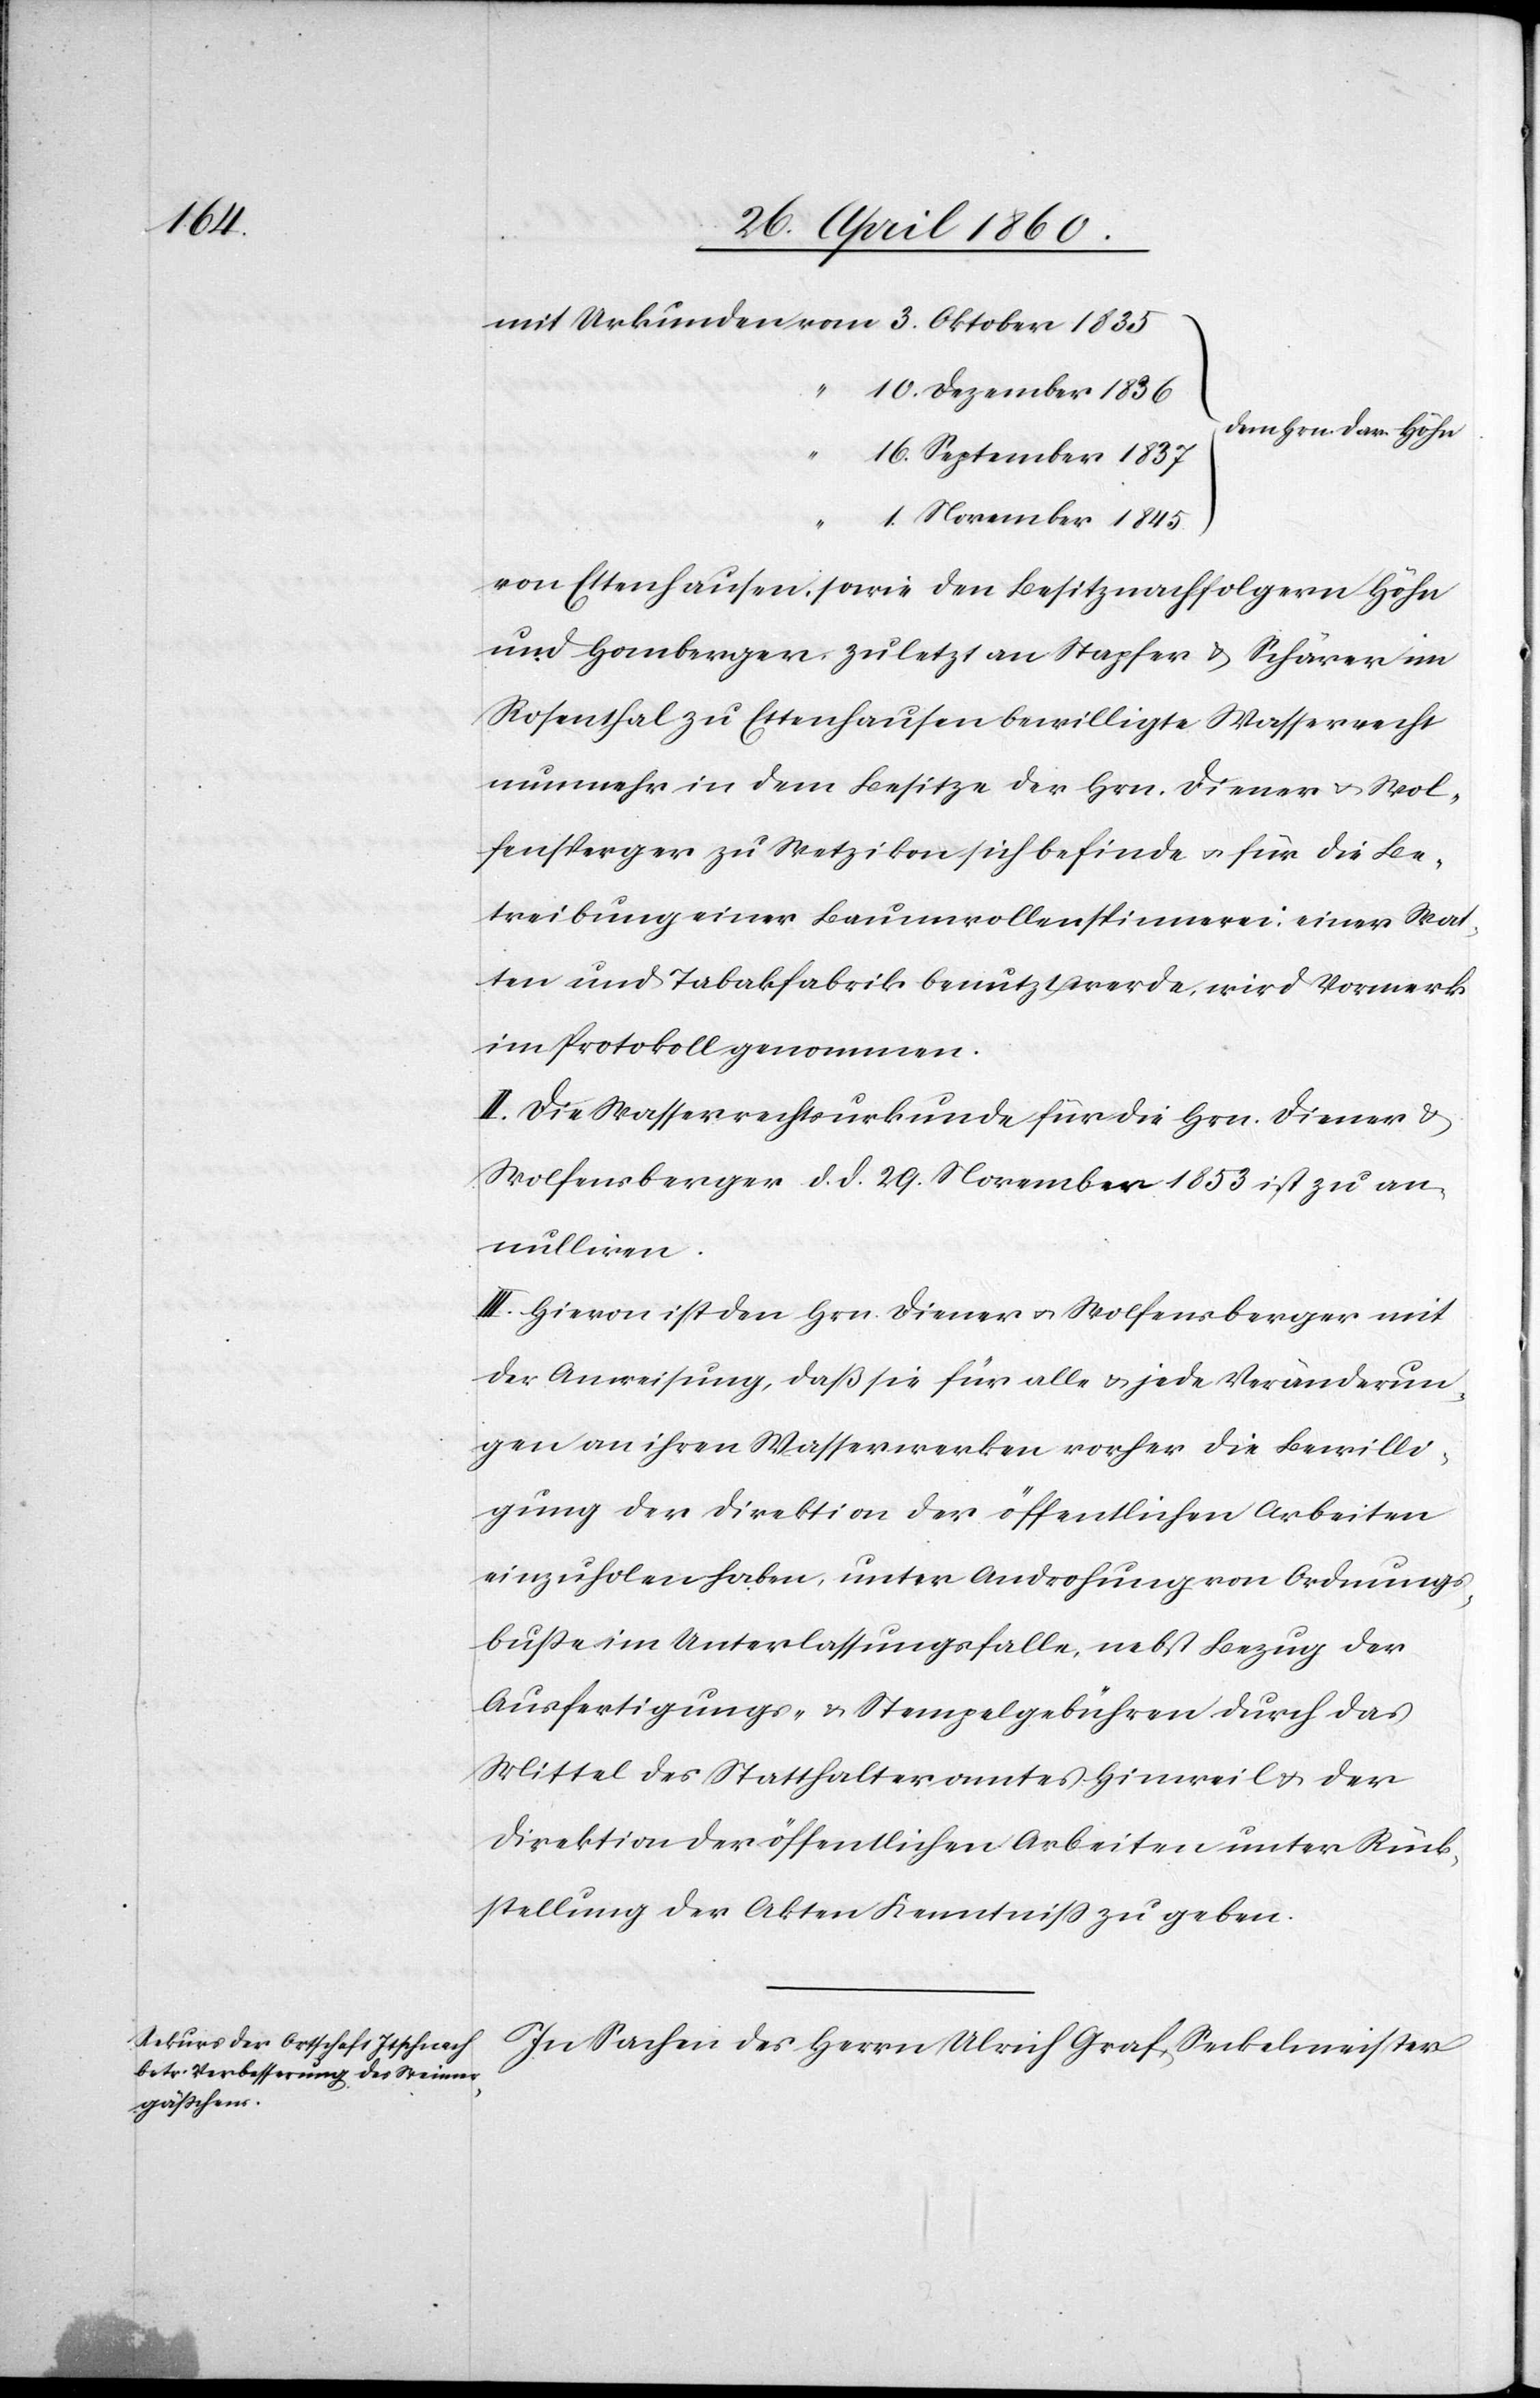
1835

10. Dezember 1836
dem Hrn. Dav. Höhn
16. September 1837
1. November 1845
von Ettenhausen, sowie den Besitznachfolgern Höhn
und Homberger, zuletzt an Stapfer u. Schärer im
Rosenthal zu Ettenhausen bewilligte Wasserrecht
nunmehr in dem Besitze der Hrn. Diener u. Wol¬
fensberger zu Wetzikon sich befinde u. für die Be¬
treibung einer Baumwollenspinnerei, einer Wat¬
ten[-] und Tabakfabrik benutzt werde, wird Vormerk
im Protokoll genommen.
II. Die Wasserrechtsurkunde für die Hrn. Diener u.
Wolfensberger d. d. 29. November 1853 zu an¬
nulliren.
III. Hievon ist den Hrn. Diener u. Wolfensberger mit
der Anweisung, dass sie für alle u. jede Veränderun¬
gen an ihren Wasserwerken vorher die Bewilli¬
gung der Direktion der öffentlichen Arbeiten
einzuholen haben, unter Androhung von Ordnungs¬
busse im Unterlassungsfalle, nebst Bezug der
Ausfertigungs- u. Stempelgebühren durch das
Mittel des Statthalteramtes Hinweil u. der
Direktion der öffentlichen Arbeiten unter Rück¬
stellung der Akten Kenntniss zu geben.
In Sachen des Herrn Ulrich Graf, Seckelmeister